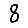
Digit: 8